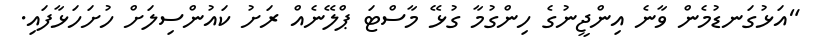
"އަޅުގަނޑުމެން ވާނެ އިންޖީނުގެ ހިންގުމާ ގުޅޭ މާސްޓަ ޕްލޭނެއް ރަށު ކައުންސިލަށް ހުށަހަޅާފައި.